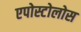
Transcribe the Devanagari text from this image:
एपोस्टोलोस